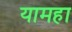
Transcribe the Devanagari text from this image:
यामहा